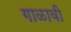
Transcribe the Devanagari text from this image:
गाळावी